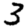
Digit: 3